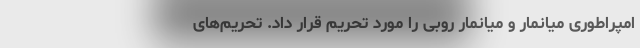
امپراطوری میانمار و میانمار روبی را مورد تحریم قرار داد. تحریم‌های